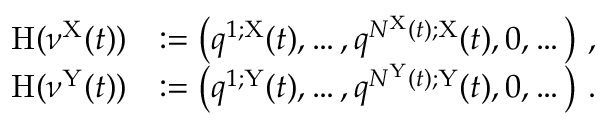
\begin{array} { r l } { \mathrm { H } ( \nu ^ { \mathrm { X } } ( t ) ) } & { : = \left( q ^ { 1 ; \mathrm { X } } ( t ) , \dots , q ^ { N ^ { \mathrm { X } } ( t ) ; \mathrm { X } } ( t ) , 0 , \dots \right) \, , } \\ { \mathrm { H } ( \nu ^ { \mathrm { Y } } ( t ) ) } & { : = \left( q ^ { 1 ; \mathrm { Y } } ( t ) , \dots , q ^ { N ^ { \mathrm { Y } } ( t ) ; \mathrm { Y } } ( t ) , 0 , \dots \right) \, . } \end{array}